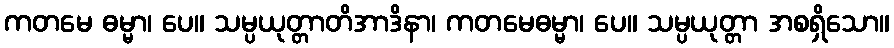
ကတမေ ဓမ္မာ၊ ပေ။ သမ္ပယုတ္တာတိအာဒိနာ၊ ကတမေဓမ္မာ၊ ပေ။ သမ္ပယုတ္တာ အစရှိသော။